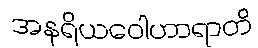
အနရိယဝေါဟာရာတိ